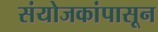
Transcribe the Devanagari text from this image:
संयोजकांपासून